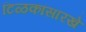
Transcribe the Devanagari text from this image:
टिळकांसारखे